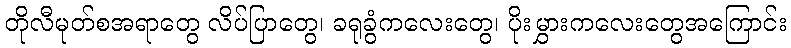
တိုလီမုတ်စအရာတွေ လိပ်ပြာတွေ၊ ခရုခွံကလေးတွေ၊ ပိုးမွှားကလေးတွေအကြောင်း